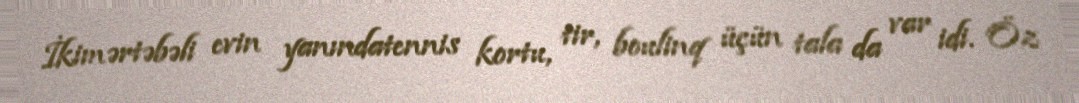
İkimərtəbəli evin yanındatennis kortu, tir, boulinq üçün tala da var idi. Öz